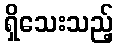
ရှိသေးသည့်